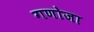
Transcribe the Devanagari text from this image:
गणोजा